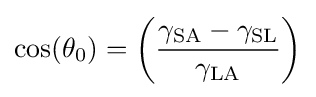
\cos(\theta _{0})=\left({\frac {\gamma _{\text{SA}}-\gamma _{\text{SL}}}{\gamma _{\text{LA}}}}\right)